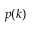
p ( k )